Distribution and causation of leprosy in British India
Year: 1875
Disease focus: Leprosy
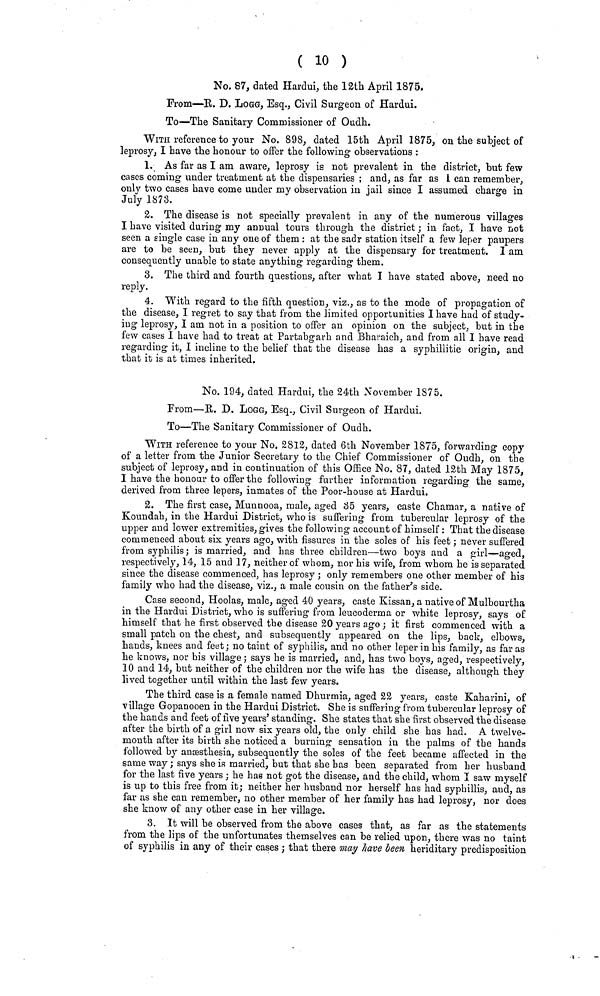
( 10 )
No. 87, dated Hardui, the 12th April 1875,
From—R. D. LOGG, Esq., Civil Surgeon of Hardui.
To—The Sanitary Commissioner of Oudh.
WITH reference to your No. 898, dated 15th April 1875, on the subject of
leprosy, I have the honour to offer the following observations :
1. As far as I am aware, leprosy is not prevalent in the district, but few
cases coming under treatment at the dispensaries ; and, as far as I can remember,
only two cases have come under my observation in jail since I assumed charge in
July 1873.
2. The disease is not specially prevalent in any of the numerous villages
I have visited during my annual tours through the district ; in fact, I have not
seen a single case in any one of them : at the sadr station itself a few leper paupers
are to be seen, but they never apply at the dispensary for treatment. I am
consequently unable to state anything regarding them.
3. The third and fourth questions, after what I have stated above, need no
reply.
4. With regard to the fifth question, viz., as to the mode of propagation of
the disease, I regret to say that from the limited opportunities I have had of study-
ing leprosy, I am not in a position to offer an opinion on the subject, but in the
few cases I have had to treat at Partabgarh and Bharaich, and from all I have read
regarding it, I incline to the belief that the disease has a syphillitic origin, and
that it is at times inherited.
No. 194, dated Hardui, the 24th November 1875.
From—R. D. LOGG, Esq., Civil Surgeon of Hardui.
To—The Sanitary Commissioner of Oudh.
WITH reference to your No. 2812, dated 6th November 1875, forwarding copy
of a letter from the Junior Secretary to the Chief Commissioner of Oudh, on the
subject of leprosy, and in continuation of this Office No. 87, dated 12th May 1875,
I have the honour to offer the following further information regarding the same,
derived from three lepers, inmates of the Poor-house at Hardui.
2. The first case, Munnooa, male, aged 35 years, caste Chamar, a native of
Koundah, in the Hardui District, who is suffering from tubercular leprosy of the
upper and lower extremities, gives the following account of himself : That the disease
commenced about six years ago, with fissures in the soles of his feet ; never suffered
from syphilis; is married, and has three children—two boys and a girl—aged,
respectively, 14, 15 and 17, neither of whom, nor his wife, from whom he is separated
since the disease commenced, has leprosy ; only remembers one other member of his
family who had the disease, viz., a male cousin on the father's side.
Case second, Hoolas, male, aged 40 years, caste Kissan, a native of Mulbourtha
in the Hardui District, who is suffering from leucoderma or white leprosy, says of
himself that he first observed the disease 20 years ago; it first commenced with a
small patch on the chest, and subsequently appeared on the lips, back, elbows,
hands, knees and feet; no taint of syphilis, and no other leper in his family, as far as
he knows, nor his village; says he is married, and, has two boys, aged, respectively,
10 and 14, but neither of the children nor the wife has the disease, although they
lived together until within the last few years.
The third case is a female named Dhurmia, aged 22 years, caste Kaharini, of
village Gopanooen in the Hardui District. She is suffering from tubercular leprosy of
the hands and feet of five years' standing. She states that she first observed the disease
after the birth of a girl now six years old, the only child she has had. A twelve-
month after its birth she noticed a burning sensation in the palms of the hands
followed by anæsthesia, subsequently the soles of the feet became affected in the
same way ; says she is married, but that she has been separated from her husband
for the last five years ; he has not got the disease, and the child, whom I saw myself
is up to this free from it; neither her husband nor herself has had syphillis, and, as
far as she can remember, no other member of her family has had leprosy, nor does
she know of any other case in her village.
3. It will be observed from the above cases that, as far as the statements
from the lips of the unfortunates themselves can be relied upon, there was no taint
of syphilis in any of their cases ; that there may have been heriditary predisposition